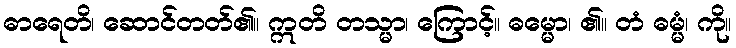
ဓာရေတိ၊ ဆောင်တတ်၏။ ဣတိ တသ္မာ၊ ကြောင့်။ ဓမ္မော၊ ၏။ တံ ဓမ္မံ၊ ကို။